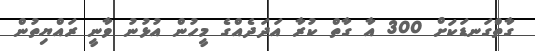
ގާތްގަނޑަކަށް 300 އާ ގާތް ކުރާ އަދަދެއްގެ މީހުން އުޅުނު ވާނީ ރައްޔިތުން